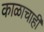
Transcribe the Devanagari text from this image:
काळाचाही